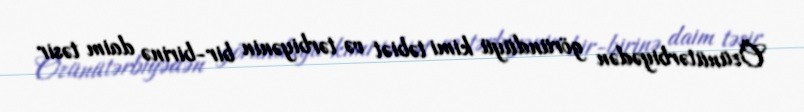
Özünütərbiyədən göründüyü kimi təbiət və tərbiyənin bir-birinə daim təsir